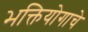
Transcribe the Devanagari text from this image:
भक्तियोगाचे